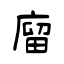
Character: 廆